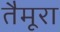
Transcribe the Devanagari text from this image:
तैमूरा